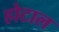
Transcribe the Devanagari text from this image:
होटाल